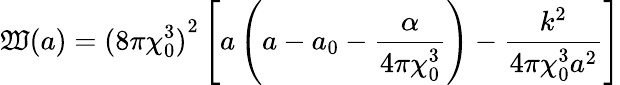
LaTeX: \mathfrak{W}(a)={(8\pi\chi_{0}^{3})}^{2}\left[a\left(a-a_{0}-\frac{{\alpha}}{{4\pi\chi_{0}^{3}}}\right)-\frac{{k^{2}}}{{4\pi\chi_{0}^{3}a^{2}}}\right]